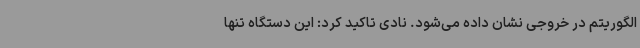
الگوریتم در خروجی نشان داده می‌شود. نادی تاکید کرد: این دستگاه تنها